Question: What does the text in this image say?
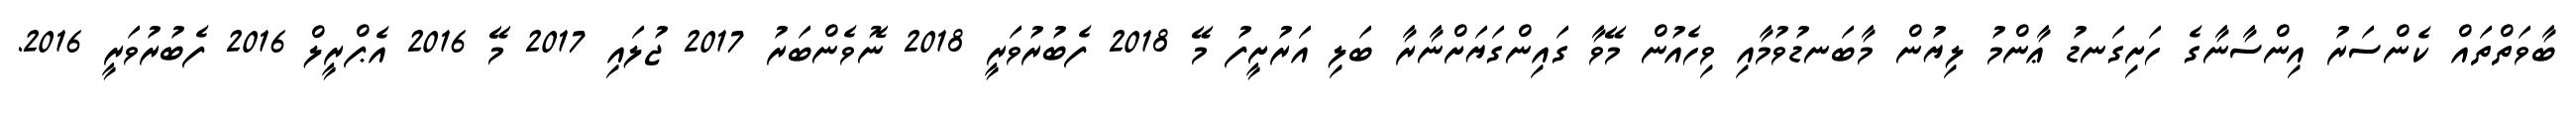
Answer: ބާވަތްތައް ކެންސަރު އިންސާނާގެ ހަށިގަނޑު ޢާންމު ލިޔުން މާބަނޑުވުމާއި ވިހެއުން މޭވާ ގައިންގަޔަށްނާރާ ބަލި އަރުށީފު މޭ 2018 ފެބުރުވަރީ 2018 ނޮވެންބަރު 2017 ޖުލައި 2017 މޭ 2016 އެޕްރީލް 2016 ފެބުރުވަރީ 2016.